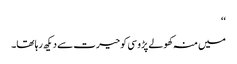
‘‘
میں منہ کھولے پڑوسی کو حیرت سے دیکھ رہا تھا۔